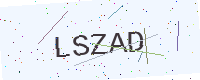
Text: LSZAD